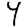
Digit: 4